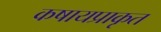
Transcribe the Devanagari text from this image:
कषायप्राकृत